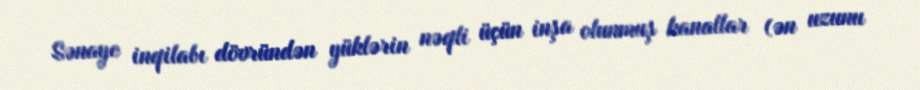
Sənaye inqilabı dövründən yüklərin nəqli üçün inşa olunmuş kanallar (ən uzunu